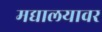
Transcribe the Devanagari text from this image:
मद्यालयावर